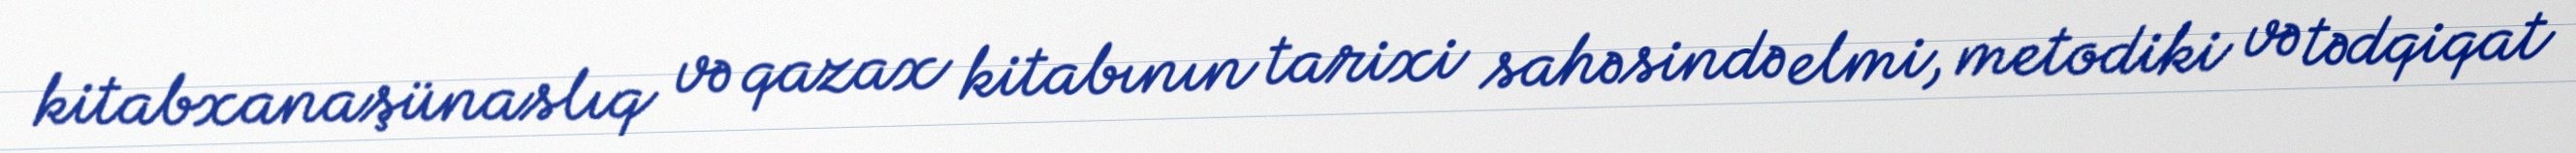
kitabxanaşünaslıq və qazax kitabının tarixi sahəsində elmi, metodiki və tədqiqat